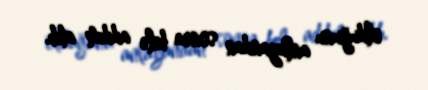
olduğunu anlayandan sonra belə addım atıb.